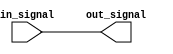
module io_block_low_power_buffer (
    input wire in_signal,
    output reg out_signal
);

// Code for I/O Blocks Low-power buffer

always @(in_signal)
begin
    out_signal <= in_signal;
end

endmodule